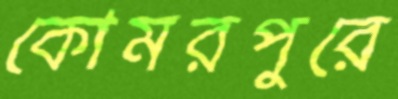
কোমরপুরে